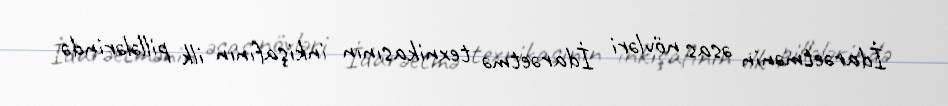
İdarəetmənin əsas növləri İdarəetmə texnikasının inkişafının ilk pillələrində